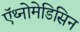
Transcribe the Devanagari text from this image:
ऍथ्नोमेडिसिन